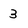
Character: 3